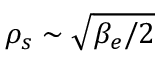
\rho _ { s } \sim \sqrt { \beta _ { e } / 2 }